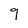
Character: 9